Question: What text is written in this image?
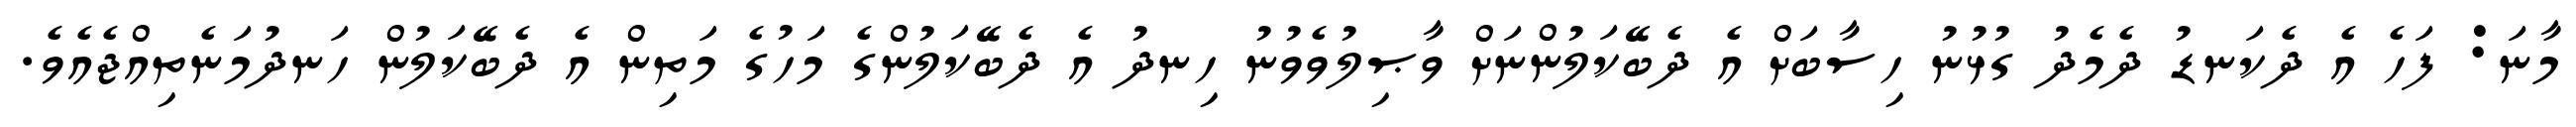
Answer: މާނަ: ފަހެ އެ ދެކަނޑު ދެމެދު ގުޅުނު ހިސާބަށް އެ ދެބޭކަލުންނަށް ވާޞިލުވެވުނު ހިނދު އެ ދެބޭކަލުންގެ މަހުގެ މަތިން އެ ދެބޭކަލުން ހަނދުމަނެތިއްޖެއެވެ.